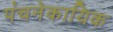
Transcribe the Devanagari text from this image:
पंचनेकायिक